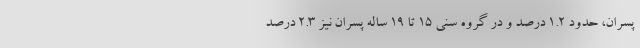
پسران، حدود ۱.۲ درصد و در گروه سنی ۱۵ تا ۱۹ ساله پسران نیز ۲.۳ درصد